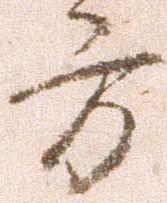
方